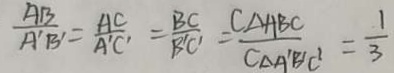
\frac { A B } { A ^ { \prime } B ^ { \prime } } = \frac { A C } { A ^ { \prime } C ^ { \prime } } = \frac { B C } { B ^ { \prime } C ^ { \prime } } = \frac { C _ { \Delta A B C } } { C _ { \Delta A ^ { \prime } B ^ { \prime } C ^ { \prime } } } = \frac { 1 } { 3 }